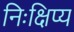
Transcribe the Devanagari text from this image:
निःक्षिप्य